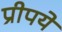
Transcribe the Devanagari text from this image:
प्रीपये